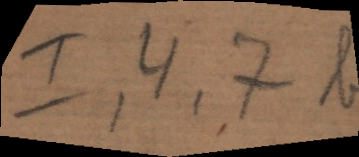
I,4,7 b